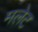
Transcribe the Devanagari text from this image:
मलेट